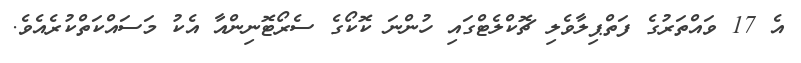
އެ 17 ވައްތަރުގެ ފަތްޕިލާވެލި ޗޮކްލެޓްގައި ހުންނަ ކޮކޯގެ ސެރޯޓޮނިންއާ އެކު މަސައްކަތްކުރެއެވެ.